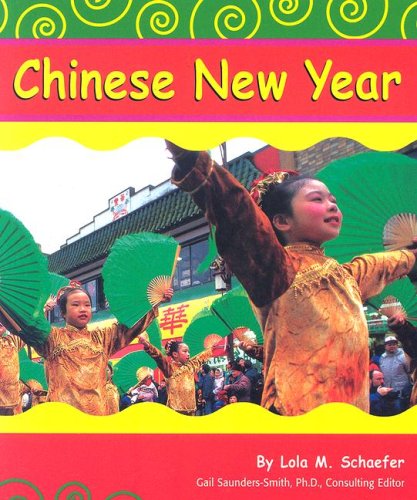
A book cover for Chinese New Year (Holidays and Celebrations); Lola M. Schaefer; Children's Books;